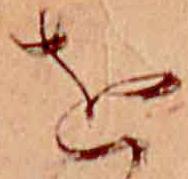
を